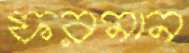
ফরমান